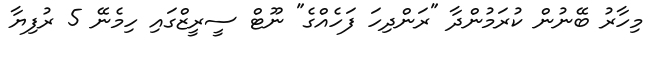
މިހާރު ބޭނުން ކުރަމުންދާ "ރަންދިހަ ފަހެއްގެ" ނޫޓް ސީރީޒްގައި ހިމެނޭ 5 ރުފިޔާ